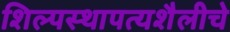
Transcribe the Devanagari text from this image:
शिल्पस्थापत्यशैलीचे